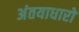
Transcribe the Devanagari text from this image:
अंतयाधारों